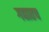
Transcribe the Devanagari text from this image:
गद्यातच